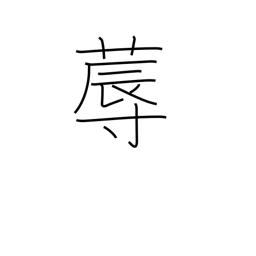
Meaning: bed